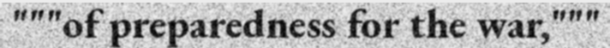
"""of preparedness for the war,"""